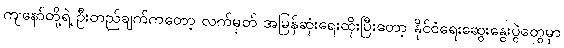
ကျနော်တို့ရဲ့ ဦးတည်ချက်ကတော့ လက်မှတ် အမြန်ဆုံးရေးထိုးပြီးတော့ နိုင်ငံရေးဆွေးနွေးပွဲတွေမှာ